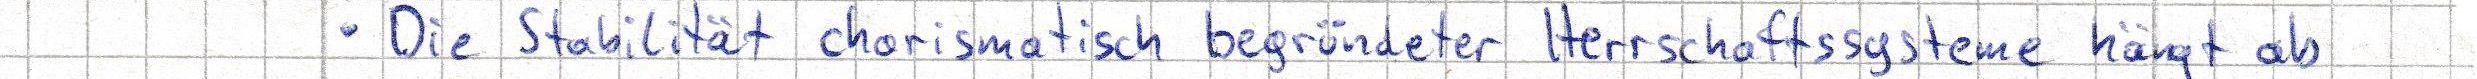
Die Stabilität charismatisch begründeter Herrschaftssysteme hängt ab